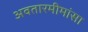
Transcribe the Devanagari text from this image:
अवतारमीमांसा